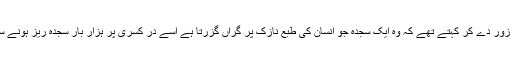
وہ اکثر یہ بات زور دے کر کہتے تھے کہ وہ ایک سجدہ جو انسان کی طبع نازک پر گراں گزرتا ہے اسے در کسریٰ پر ہزار بار سجدہ ریز ہونے سے بچا لیتا ہے۔